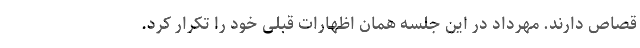
قصاص دارند. مهرداد در این جلسه همان اظهارات قبلی خود را تکرار کرد.